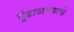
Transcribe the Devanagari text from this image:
गुंडाळण्याचे